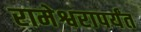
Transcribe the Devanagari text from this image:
रामेश्वरापर्यंत